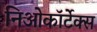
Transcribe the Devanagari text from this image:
निओकॉर्टेक्स